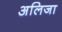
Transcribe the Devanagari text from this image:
अलिजा